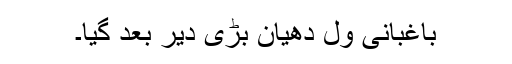
باغبانی ول دھیان بڑی دیر بعد گیا۔